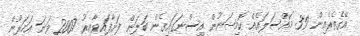
އޭގެތެރެއިން 39 މައްސަލައެއް ކޮމިޝަނުން އިސްނަގައިގެން ބަލަން ފަށާފައިވާއިރު 2007 ވަނަ އަހަރުން